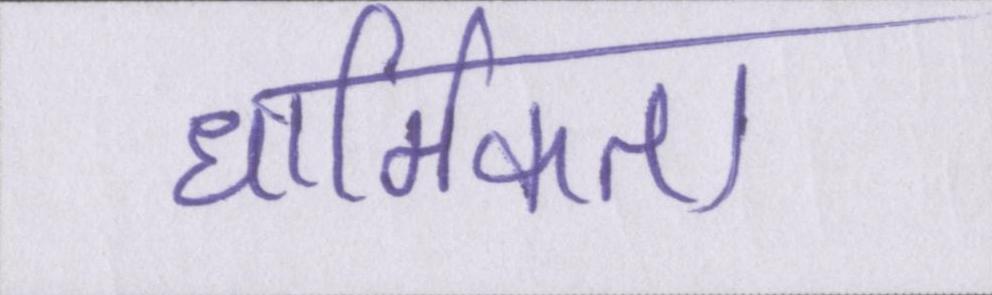
धार्मिकता